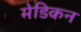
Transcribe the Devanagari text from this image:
मेडिकन